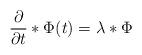
LaTeX: \begin{align*}{{\partial }\over{\partial t}}*\Phi(t)=\lambda *\Phi\end{align*}